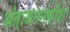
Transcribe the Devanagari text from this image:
अंतःजननकोश